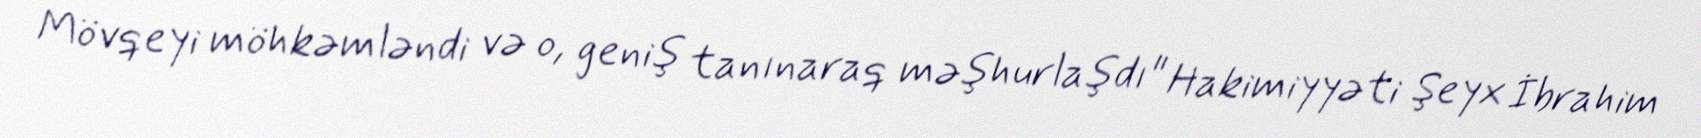
Mövqeyi möhkəmləndi və o, geniş tanınaraq məşhurlaşdı" Hakimiyyəti Şeyx İbrahim